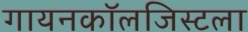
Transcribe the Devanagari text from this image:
गायनकॉलजिस्टला